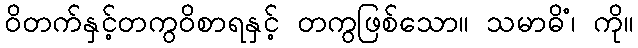
ဝိတက်နှင့်တကွဝိစာရနှင့် တကွဖြစ်သော။ သမာဓိံ၊ ကို။